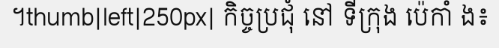
។thumb|left|250px| កិច្ចប្រជុំ នៅ ទីក្រុង ប៉េកាំ ង៖